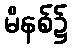
မိနစ်၌